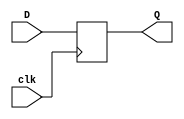
module RisingEdge_DFlipFlop(D,clk,Q);
input D; // Data input 
input clk; // clock input 
output Q; // output Q 
always @(posedge clk) 
begin
 Q <= D; 
end 
endmodule